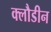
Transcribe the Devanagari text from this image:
क्लौडीन